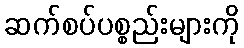
ဆက်စပ်ပစ္စည်းများကို